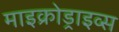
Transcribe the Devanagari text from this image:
माइक्रोड्राइव्स